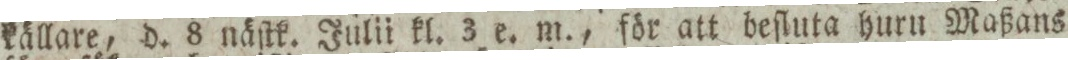
källare, d. 8 näſtk. Julii kl. 3 e. m., för att beſluta huru Maßans